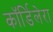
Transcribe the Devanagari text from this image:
कॉर्डिलेरा